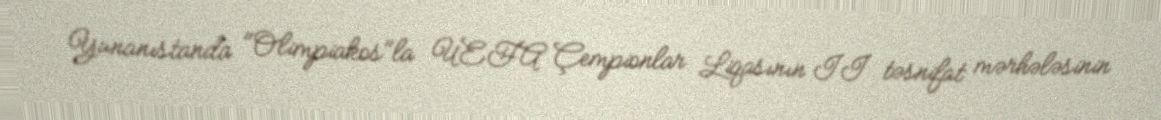
Yunanıstanda "Olimpiakos"la UEFA Çempionlar Liqasının II təsnifat mərhələsinin